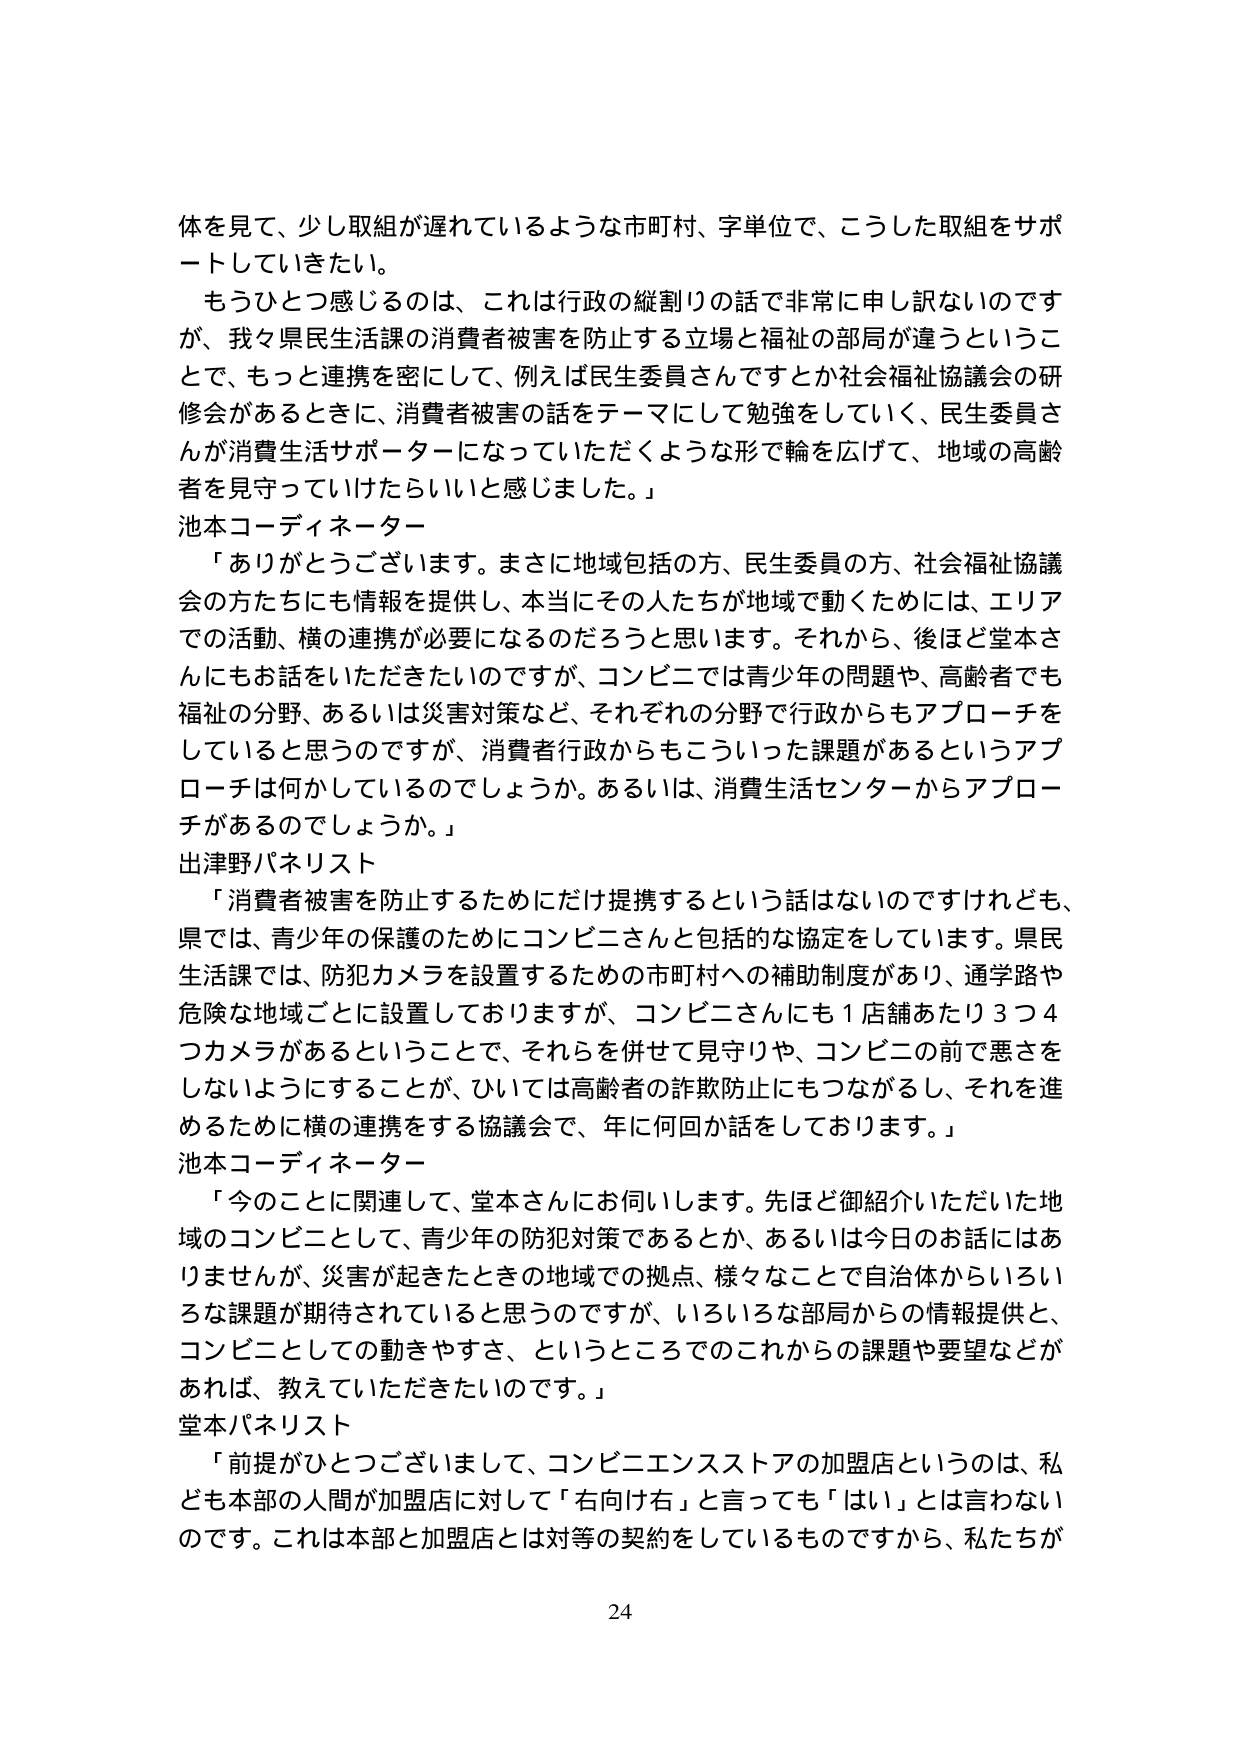
体を見て、少し取組が遅れているような市町村、字単位で、こうした取組をサポートしていきたい。

もうひとつ感じるのは、これは行政の縦割りの話で非常に申し訳ないのですが、我々県民生活課の消費者被害を防止する立場と福祉の部局が違うということで、もっと連携を密にして、例えば民生委員さんですとか社会福祉協議会の研修会があるときに、消費者被害の話をテーマにして勉強をしていく、民生委員さんが消費生活サポーターになっていただくような形で輪を広げて、地域の高齢者を見守っていけたらいいと感じました。」

池本コーディネーター

「ありがとうございます。まさに地域包括の方、民生委員の方、社会福祉協議会の方たちにも情報を提供し、本当にその人たちが地域で動くためには、エリアでの活動、横の連携が必要になるのだろうと思います。それから、後ほど堂本さんにもお話をいただきたいのですが、コンビニでは青少年の問題や、高齢者でも福祉の分野、あるいは災害対策など、それぞれの分野で行政からもアプローチをしていると思うのですが、消費者行政からもこういった課題があるというアプローチは何かしているのでしょうか。あるいは、消費生活センターからアプローチがあるのでしょうか。」

出津野パネリスト

「消費者被害を防止するためにだけ提携するという話はないのですけれども、県では、青少年の保護のためにコンビニさんと包括的な協定をしています。県民生活課では、防犯カメラを設置するための市町村への補助制度があり、通学路や危険な地域ごとに設置しておりますが、コンビニさんにも１店舗あたり３つ４つカメラがあるということで、それらを併せて見守りや、コンビニの前で悪さをしないようにすることが、ひいては高齢者の詐欺防止にもつながるし、それを進めるために横の連携をする協議会で、年に何回か話をしております。」

池本コーディネーター

「今のことに関連して、堂本さんにお伺いします。先ほど御紹介いただいた地域のコンビニとして、青少年の防犯対策であるとか、あるいは今日のお話にはありませんが、災害が起きたときの地域での拠点、様々なことで自治体からいろいろな課題が期待されていると思うのですが、いろいろな部局からの情報提供と、コンビニとしての動きやすさ、というところでのこれからの課題や要望などがあれば、教えていただきたいのです。」

堂本パネリスト

「前提がひとつございまして、コンビニエンスストアの加盟店というのは、私ども本部の人間が加盟店に対して「右向け右」と言っても「はい」とは言わないのです。これは本部と加盟店とは対等の契約をしているものですから、私たちが

24